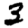
Digit: 3